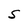
Character: S